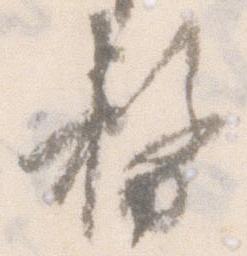
務